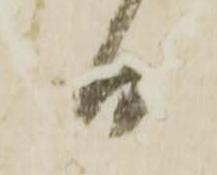
日